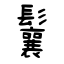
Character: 鬤